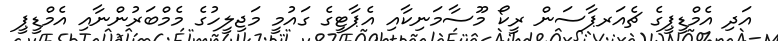
އަދި އެމްޑީޕީގެ ޗެއަރޕާސަން ރީކޯ މޫސާމަނިކާއި އެޕާޓީގެ ގައުމީ މަޖިލީހުގެ މެމްބަރުންނާއި އެމްޑީޕީ